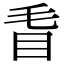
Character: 𥄥